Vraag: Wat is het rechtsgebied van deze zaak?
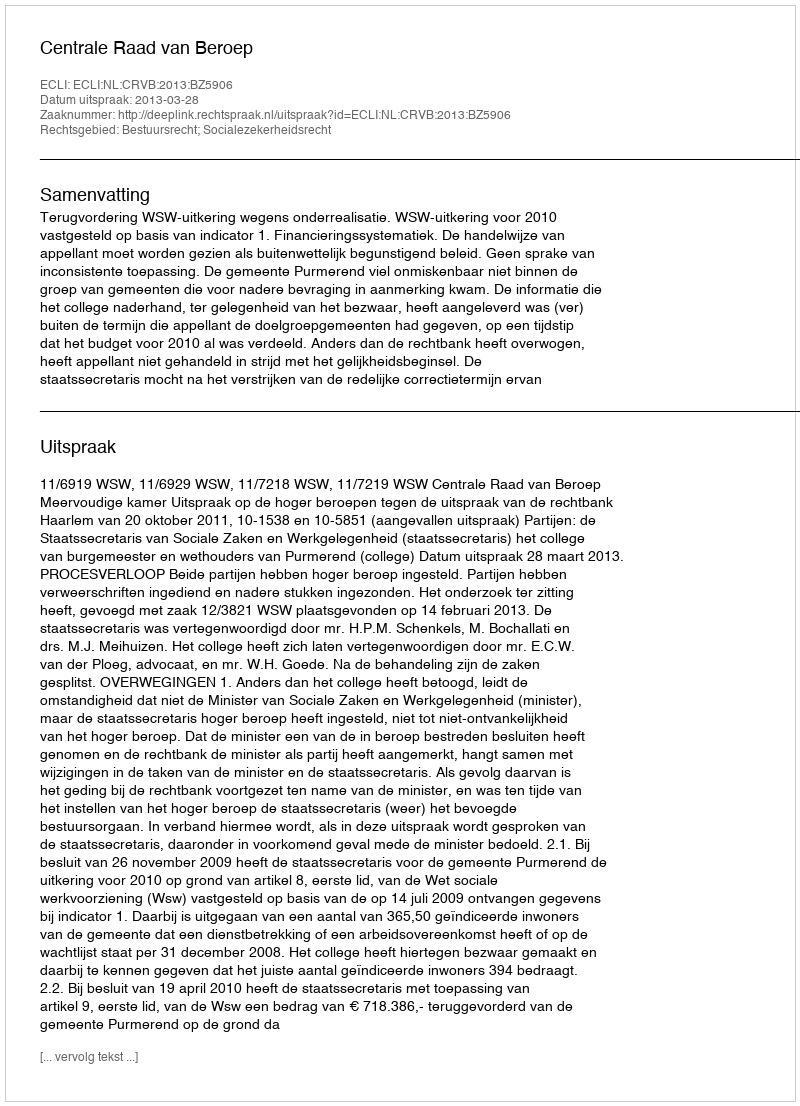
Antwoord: Bestuursrecht; Socialezekerheidsrecht